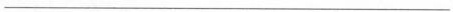
___